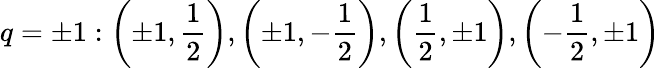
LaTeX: q=\pm 1:\left(\pm 1,\frac{1}{2}\right),\left(\pm 1,-\frac{1}{2}\right),\left(\frac{1}{2},\pm 1\right),\left(-\frac{1}{2},\pm 1\right)